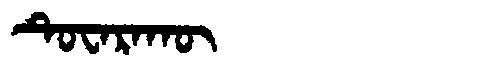
Manchu: ᡨᡠᠸᠠᡵᠠᡴᡡ
Romanization: TUWARAKŪ